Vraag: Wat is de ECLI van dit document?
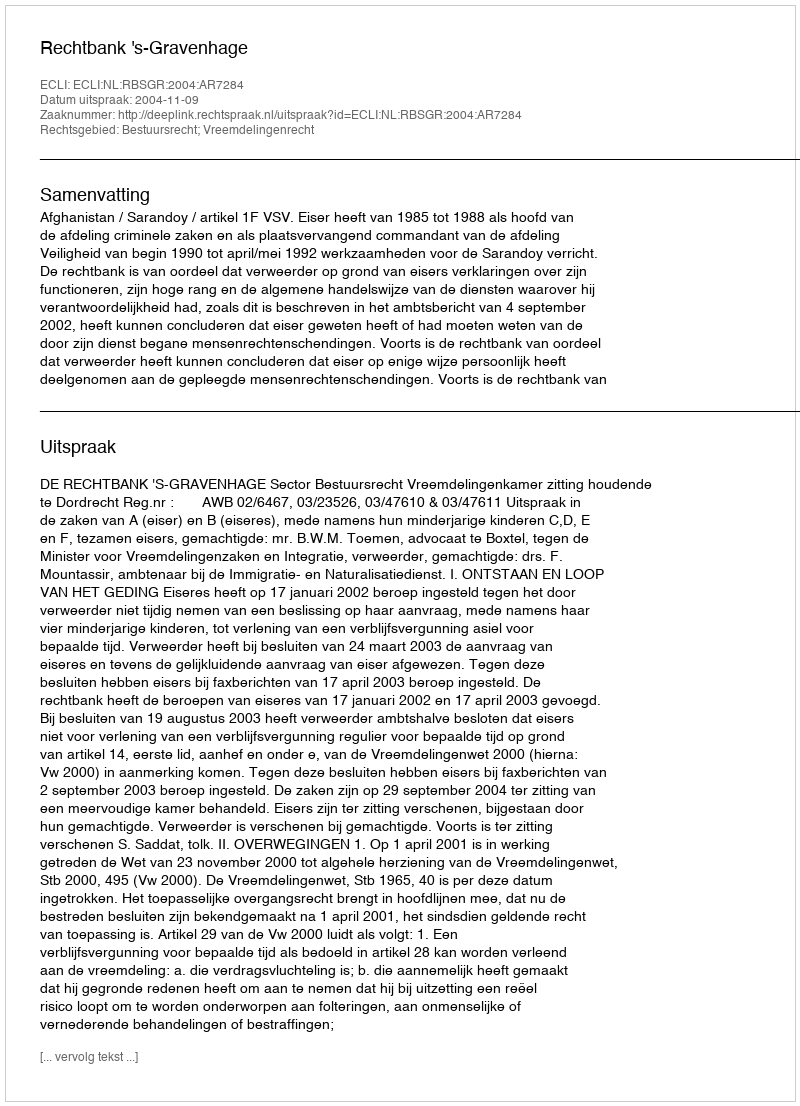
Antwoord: ECLI:NL:RBSGR:2004:AR7284